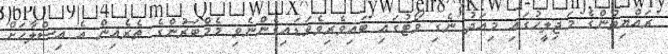
ރައްޔިތުންގެ މަޖިލީހުގައި މިއަދު ނެގި ވޯޓުގައި ބައިވެރިވެވަޑައިގެންނެވި މެމްބަރުންގެ ތެރެއިން އެ އިސްލާހަށް